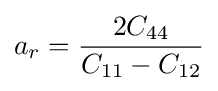
a_{r}={\frac {2C_{44}}{C_{11}-C_{12}}}